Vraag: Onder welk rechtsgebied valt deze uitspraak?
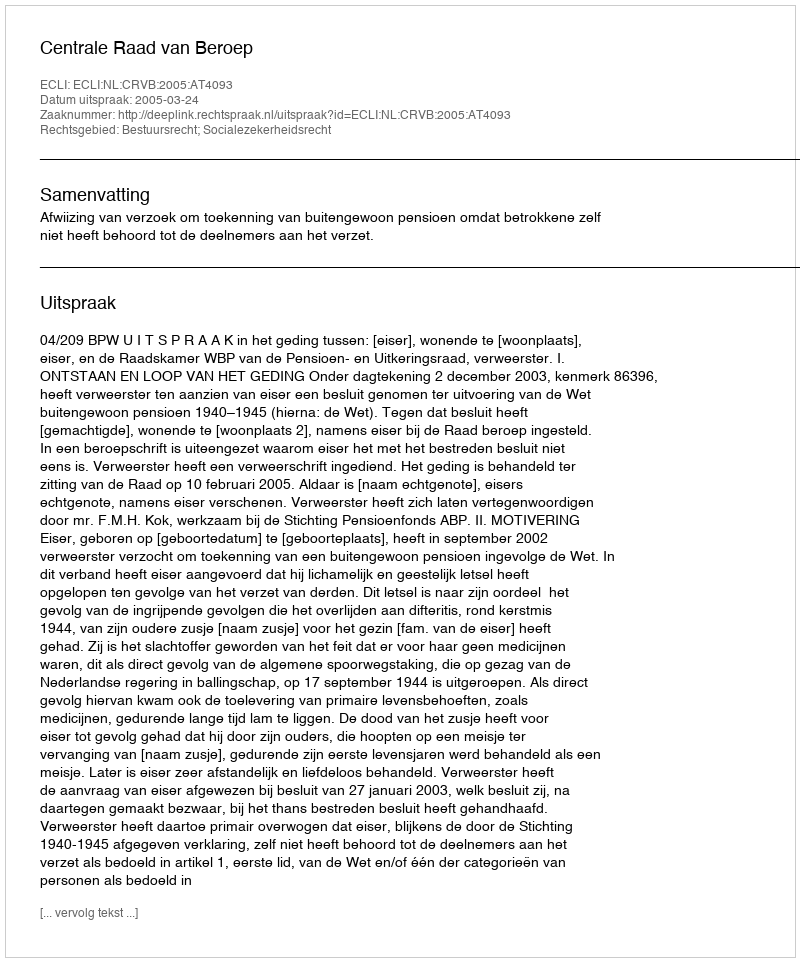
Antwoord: Bestuursrecht; Socialezekerheidsrecht